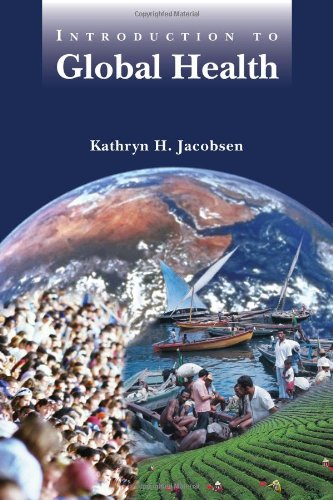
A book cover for Introduction To Global Health; Kathryn H. Jacobsen; Medical Books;